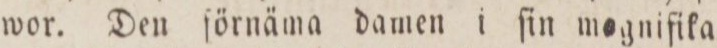
wor. Den ſörnäma damen i ſin mognifika